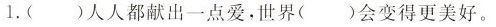
1.()人人都献出一点爱，世界()会变得更美好。